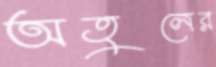
অতুলের